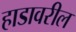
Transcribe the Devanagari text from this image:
हाडावरील